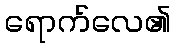
ရောက်လေ၏